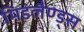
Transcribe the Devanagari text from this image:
मिडलैण्ड्स